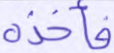
فأخذه